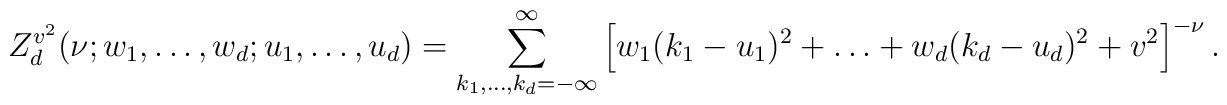
Z_{d}^{v^{2}}(\nu;w_{1}, \ldots , w_{d}; u_{1}, \ldots , u_{d}) =\sum_{k_{1}, \ldots , k_{d}=-\infty}^{\infty}\left[ w_{1} (k_{1}-u_{1})^{2} + \ldots +w_{d} (k_{d}-u_{d})^{2} + v^{2}\right]^{-\nu}.